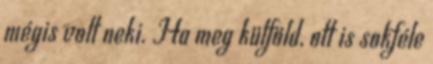
mégis volt neki. Ha meg külföld, ott is sokféle